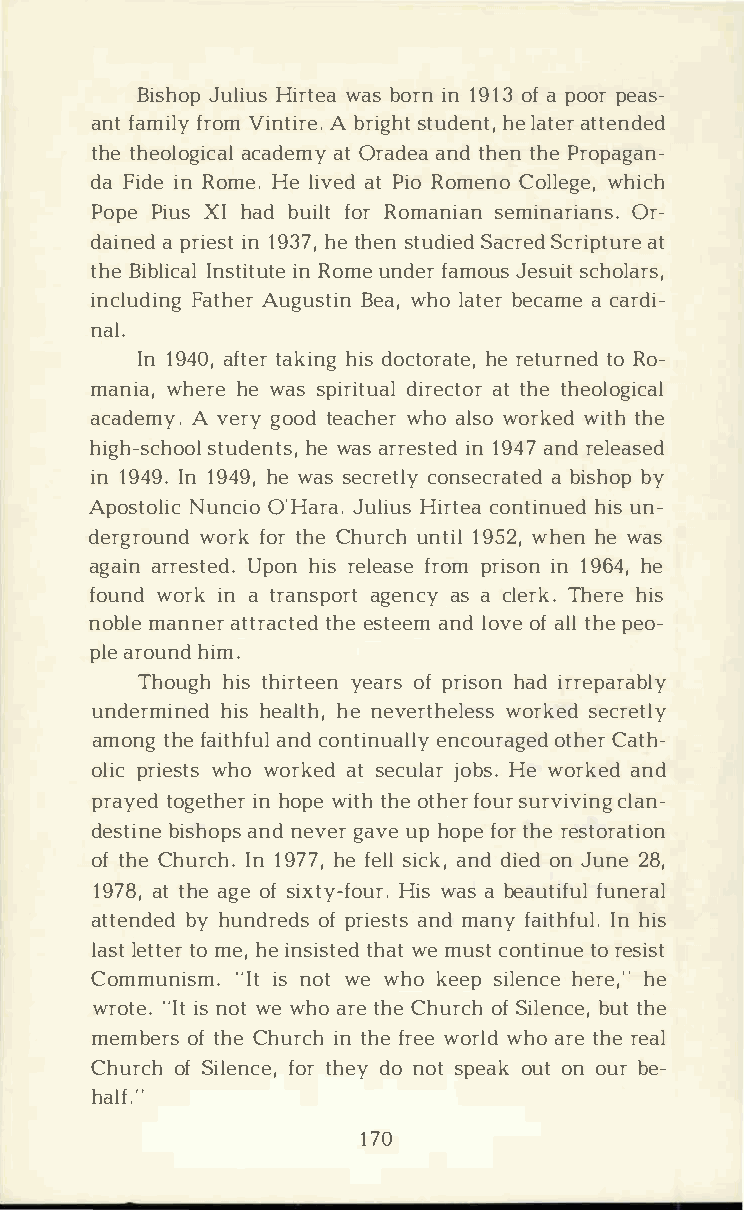
BishJoupl Hiiurstw eabaso rinn1 91o3fa p oopre as­
 anfta mfirloyVm i ntAib rrei.sg thutd heeln att,ae trt ended
 thteh eolaocgaidceaamtlOy r adaenatd h etnhP er opagan­
 daF idienR omHe.el ivaetPd i Roo meCnool lwehgiec,h
 PopPei uXsIh adb uiflotRr o mansieamni naOrri­ans.
 dainape rdi iens t1 h9et3 h7e,sn t udSiaecdrS ecdr ipattu re
 thBei blicali  nRI onmusent difetarum toeu s sJcehsouliatr s,
 incluFdaitnhAgeu rg usBteiawn,h ol atbeerc aamc ea rdi­
 nal.
 In1 94a0f,tt eark ihnidgso ctohrera etteu,tr noRe od­
 maniwah,e rheew ass pirdiitrueaaclttt hoterh eological
 acadeAm vye.rg yo otde acwhheoar l swoo rkweidtt hh e
 high-schoohlew    asastr urdeeisnn1tt 9es4da, 7n r de leased
 in1 94I9n1. 9 4h9ew, a sse crceotnlsye carb aitsehbdoy p
 ApostNoulnicOci' oH aJrual.Hi iurstc eoan tihniuusen d­
 dergrwoournfkdo t rh Ceh urucnht il 19h5ew2 a,s when
 agaairnr esUtpeohdni. rs e lefarsopemr ision1n 9 6h4e,
 fouwnodr ikn a t ransapgoernatcs ay c leTrhke.hr ies
 nobmlaen ner   atthteers atceatenemldd o voefa ltlhp ee o­
 plaer ouhnidm .
 Thouhgihts h iryteeaeornfsp rishoanid r reparably
 undermhiinhsee da lhtenh e,v ertwhoerlkesesedsc retly
 amontghf ea itahnfcduo ln tineunacloluyro atghCeeadrt h­
 olpirci ewshtows o rkaetsd e cujloabHrse .w orkaendd
 prayteodg eitnhh oeprwe i tthho et hfeorsu urr viving clan­
 destbiinseh opnse vagenardv u eph opfeot rh ree storation
 oft hCeh urIcnh1 .9 7h7ef, e slilc akn,dd i eodnJ un2e8 ,
 197a8tt, h aeg oefs ixtyH-ifwsoa uasrb .e autfiufnuelr al
 attenbdyhe udn droefpd rsi easntmdsa nfya itIhnhf iusl .
 lalsett ttome erh, e i nsitshtwaeetmd u scto nttionr uees ist
 Communi"sIimts.n owte w hok eespi lehnecreeh ,e"
 wrot"eIi.tns o wte w hoa rteh Ceh urocfSh i lebnuctteh ,e
 membeorfts h Ceh uricnth h fer weoer wlhdoa rteh ree al
 ChurocfSh i lefnoctreh ,ed yon ostp eoaukot n o ubre ­
 half."
 170